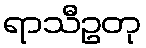
ရာသီဥတု